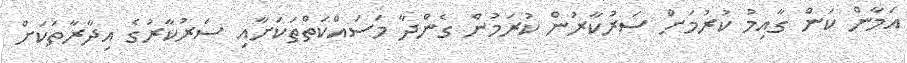
އަމާން ކަން ގާއިމު ކުރުމަށް ސަރުކާރުން ކުރަމުން ގެންދާ މަސައްކަތްތަކަށާއި ސަރުކާރުގެ އިދާރާތަކަށް